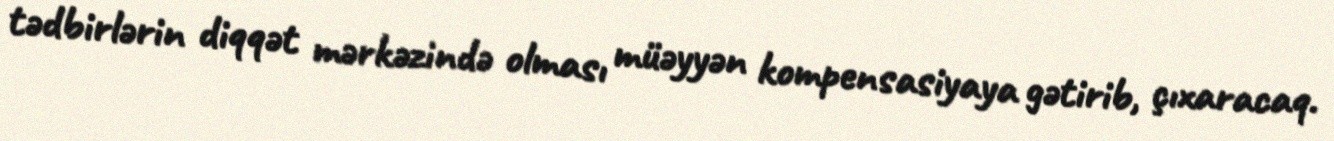
tədbirlərin diqqət mərkəzində olması müəyyən kompensasiyaya gətirib, çıxaracaq.